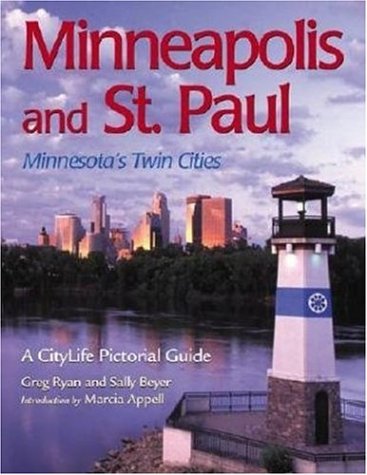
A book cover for Minneapolis and St. Paul: Minnesota's Twin Cities (A CityLife Pictorial Guide); Greg Ryan; Travel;